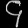
Digit: ၄